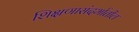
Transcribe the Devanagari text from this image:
शिक्षणासंदर्भातील